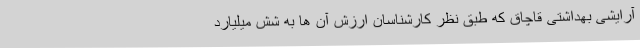
آرایشی بهداشتی قاچاق که طبق نظر کارشناسان ارزش آن ها به شش میلیارد